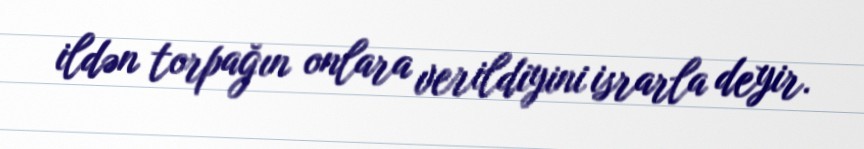
ildən torpağın onlara verildiyini israrla deyir.